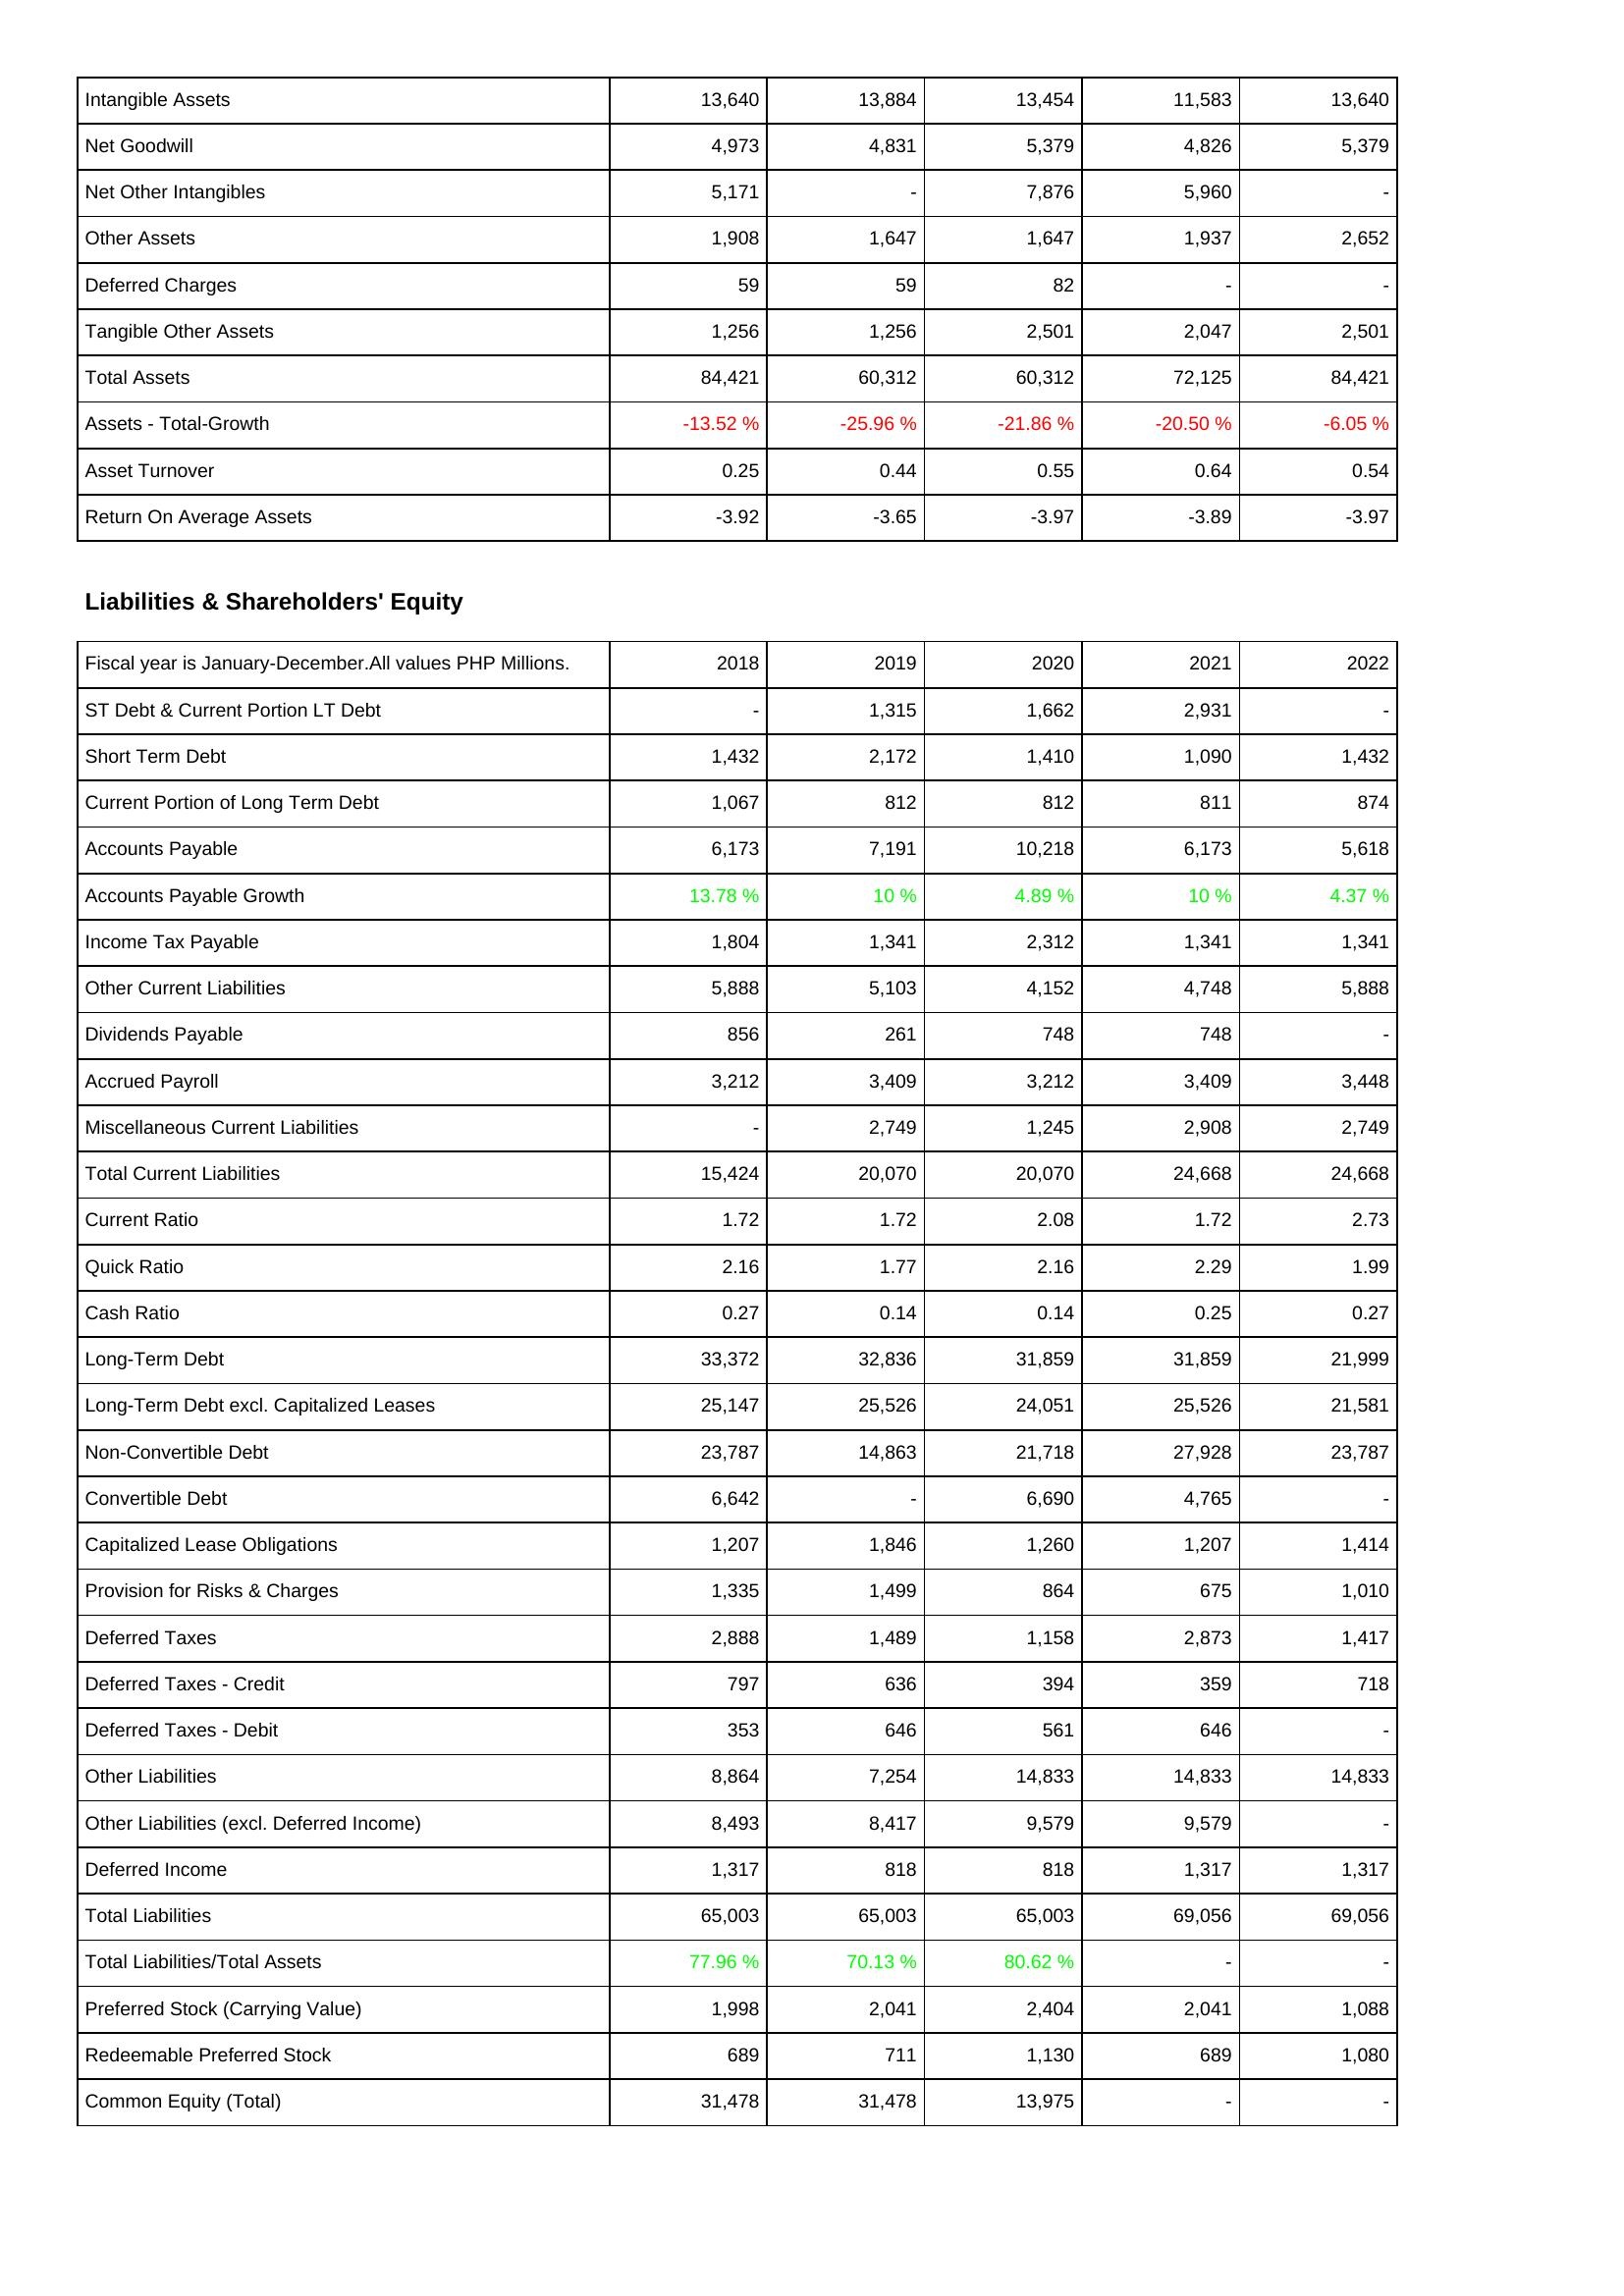
2018: Assets: Intangible Assets: 13,640
Net Goodwill: 4,973
Net Other Intangibles: 5,171
Other Assets: 1,908
Deferred Charges: 59
Tangible Other Assets: 1,256
Total Assets: 84,421
Assets - Total-Growth: -13.52 %
Asset Turnover: 0.25
Return On Average Assets: -3.92
Liabilities & Shareholders' Equity: ST Debt & Current Portion LT Debt: -
Short Term Debt: 1,432
Current Portion of Long Term Debt: 1,067
Accounts Payable: 6,173
Accounts Payable Growth: 13.78 %
Income Tax Payable: 1,804
Other Current Liabilities: 5,888
Dividends Payable: 856
Accrued Payroll: 3,212
Miscellaneous Current Liabilities: -
Total Current Liabilities: 15,424
Current Ratio: 1.72
Quick Ratio: 2.16
Cash Ratio: 0.27
Long-Term Debt: 33,372
Long-Term Debt excl. Capitalized Leases: 25,147
Non-Convertible Debt: 23,787
Convertible Debt: 6,642
Capitalized Lease Obligations: 1,207
Provision for Risks & Charges: 1,335
Deferred Taxes: 2,888
Deferred Taxes - Credit: 797
Deferred Taxes - Debit: 353
Other Liabilities: 8,864
Other Liabilities (excl. Deferred Income): 8,493
Deferred Income: 1,317
Total Liabilities: 65,003
Total Liabilities/Total Assets: 77.96 %
Preferred Stock (Carrying Value): 1,998
Redeemable Preferred Stock: 689
Common Equity (Total): 31,478
2019: Assets: Intangible Assets: 13,884
Net Goodwill: 4,831
Net Other Intangibles: -
Other Assets: 1,647
Deferred Charges: 59
Tangible Other Assets: 1,256
Total Assets: 60,312
Assets - Total-Growth: -25.96 %
Asset Turnover: 0.44
Return On Average Assets: -3.65
Liabilities & Shareholders' Equity: ST Debt & Current Portion LT Debt: 1,315
Short Term Debt: 2,172
Current Portion of Long Term Debt: 812
Accounts Payable: 7,191
Accounts Payable Growth: 10 %
Income Tax Payable: 1,341
Other Current Liabilities: 5,103
Dividends Payable: 261
Accrued Payroll: 3,409
Miscellaneous Current Liabilities: 2,749
Total Current Liabilities: 20,070
Current Ratio: 1.72
Quick Ratio: 1.77
Cash Ratio: 0.14
Long-Term Debt: 32,836
Long-Term Debt excl. Capitalized Leases: 25,526
Non-Convertible Debt: 14,863
Convertible Debt: -
Capitalized Lease Obligations: 1,846
Provision for Risks & Charges: 1,499
Deferred Taxes: 1,489
Deferred Taxes - Credit: 636
Deferred Taxes - Debit: 646
Other Liabilities: 7,254
Other Liabilities (excl. Deferred Income): 8,417
Deferred Income: 818
Total Liabilities: 65,003
Total Liabilities/Total Assets: 70.13 %
Preferred Stock (Carrying Value): 2,041
Redeemable Preferred Stock: 711
Common Equity (Total): 31,478
2020: Assets: Intangible Assets: 13,454
Net Goodwill: 5,379
Net Other Intangibles: 7,876
Other Assets: 1,647
Deferred Charges: 82
Tangible Other Assets: 2,501
Total Assets: 60,312
Assets - Total-Growth: -21.86 %
Asset Turnover: 0.55
Return On Average Assets: -3.97
Liabilities & Shareholders' Equity: ST Debt & Current Portion LT Debt: 1,662
Short Term Debt: 1,410
Current Portion of Long Term Debt: 812
Accounts Payable: 10,218
Accounts Payable Growth: 4.89 %
Income Tax Payable: 2,312
Other Current Liabilities: 4,152
Dividends Payable: 748
Accrued Payroll: 3,212
Miscellaneous Current Liabilities: 1,245
Total Current Liabilities: 20,070
Current Ratio: 2.08
Quick Ratio: 2.16
Cash Ratio: 0.14
Long-Term Debt: 31,859
Long-Term Debt excl. Capitalized Leases: 24,051
Non-Convertible Debt: 21,718
Convertible Debt: 6,690
Capitalized Lease Obligations: 1,260
Provision for Risks & Charges: 864
Deferred Taxes: 1,158
Deferred Taxes - Credit: 394
Deferred Taxes - Debit: 561
Other Liabilities: 14,833
Other Liabilities (excl. Deferred Income): 9,579
Deferred Income: 818
Total Liabilities: 65,003
Total Liabilities/Total Assets: 80.62 %
Preferred Stock (Carrying Value): 2,404
Redeemable Preferred Stock: 1,130
Common Equity (Total): 13,975
2021: Assets: Intangible Assets: 11,583
Net Goodwill: 4,826
Net Other Intangibles: 5,960
Other Assets: 1,937
Deferred Charges: -
Tangible Other Assets: 2,047
Total Assets: 72,125
Assets - Total-Growth: -20.50 %
Asset Turnover: 0.64
Return On Average Assets: -3.89
Liabilities & Shareholders' Equity: ST Debt & Current Portion LT Debt: 2,931
Short Term Debt: 1,090
Current Portion of Long Term Debt: 811
Accounts Payable: 6,173
Accounts Payable Growth: 10 %
Income Tax Payable: 1,341
Other Current Liabilities: 4,748
Dividends Payable: 748
Accrued Payroll: 3,409
Miscellaneous Current Liabilities: 2,908
Total Current Liabilities: 24,668
Current Ratio: 1.72
Quick Ratio: 2.29
Cash Ratio: 0.25
Long-Term Debt: 31,859
Long-Term Debt excl. Capitalized Leases: 25,526
Non-Convertible Debt: 27,928
Convertible Debt: 4,765
Capitalized Lease Obligations: 1,207
Provision for Risks & Charges: 675
Deferred Taxes: 2,873
Deferred Taxes - Credit: 359
Deferred Taxes - Debit: 646
Other Liabilities: 14,833
Other Liabilities (excl. Deferred Income): 9,579
Deferred Income: 1,317
Total Liabilities: 69,056
Total Liabilities/Total Assets: -
Preferred Stock (Carrying Value): 2,041
Redeemable Preferred Stock: 689
Common Equity (Total): -
2022: Assets: Intangible Assets: 13,640
Net Goodwill: 5,379
Net Other Intangibles: -
Other Assets: 2,652
Deferred Charges: -
Tangible Other Assets: 2,501
Total Assets: 84,421
Assets - Total-Growth: -6.05 %
Asset Turnover: 0.54
Return On Average Assets: -3.97
Liabilities & Shareholders' Equity: ST Debt & Current Portion LT Debt: -
Short Term Debt: 1,432
Current Portion of Long Term Debt: 874
Accounts Payable: 5,618
Accounts Payable Growth: 4.37 %
Income Tax Payable: 1,341
Other Current Liabilities: 5,888
Dividends Payable: -
Accrued Payroll: 3,448
Miscellaneous Current Liabilities: 2,749
Total Current Liabilities: 24,668
Current Ratio: 2.73
Quick Ratio: 1.99
Cash Ratio: 0.27
Long-Term Debt: 21,999
Long-Term Debt excl. Capitalized Leases: 21,581
Non-Convertible Debt: 23,787
Convertible Debt: -
Capitalized Lease Obligations: 1,414
Provision for Risks & Charges: 1,010
Deferred Taxes: 1,417
Deferred Taxes - Credit: 718
Deferred Taxes - Debit: -
Other Liabilities: 14,833
Other Liabilities (excl. Deferred Income): -
Deferred Income: 1,317
Total Liabilities: 69,056
Total Liabilities/Total Assets: -
Preferred Stock (Carrying Value): 1,088
Redeemable Preferred Stock: 1,080
Common Equity (Total): -